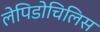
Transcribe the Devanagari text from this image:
लेपिडोचिलिस